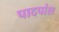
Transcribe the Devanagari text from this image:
पादपांश